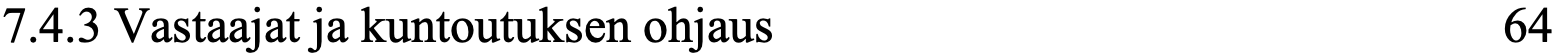
7.4.3 Vastaajat ja kuntoutuksen ohjaus            64